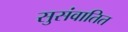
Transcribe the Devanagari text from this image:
सुसंवातित